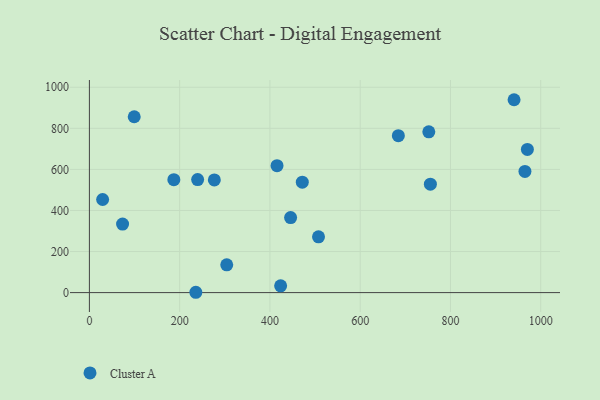
{"axis": {"x": "Price", "y": "Profit"}, "legend": ["Cluster A"], "data": [{"x": "965.0", "y": 589.9, "type": "Cluster A"}, {"x": "423.7", "y": 33.0, "type": "Cluster A"}, {"x": "187.1", "y": 549.9, "type": "Cluster A"}, {"x": "445.8", "y": 365.5, "type": "Cluster A"}, {"x": "507.6", "y": 271.5, "type": "Cluster A"}, {"x": "684.5", "y": 764.2, "type": "Cluster A"}, {"x": "235.8", "y": 1.6, "type": "Cluster A"}, {"x": "970.4", "y": 697.4, "type": "Cluster A"}, {"x": "471.7", "y": 538.0, "type": "Cluster A"}, {"x": "415.7", "y": 618.3, "type": "Cluster A"}, {"x": "755.5", "y": 528.2, "type": "Cluster A"}, {"x": "940.9", "y": 939.3, "type": "Cluster A"}, {"x": "99.3", "y": 856.5, "type": "Cluster A"}, {"x": "276.8", "y": 548.9, "type": "Cluster A"}, {"x": "239.8", "y": 550.5, "type": "Cluster A"}, {"x": "29.3", "y": 453.5, "type": "Cluster A"}, {"x": "304.3", "y": 135.5, "type": "Cluster A"}, {"x": "73.5", "y": 333.6, "type": "Cluster A"}, {"x": "752.0", "y": 783.2, "type": "Cluster A"}]}